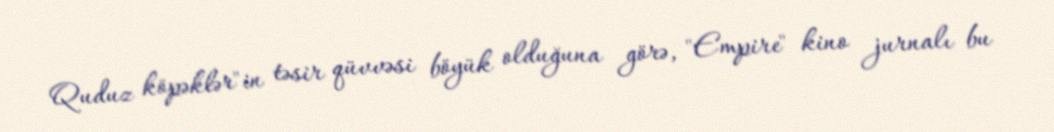
Quduz köpəklər"in təsir qüvvəsi böyük olduğuna görə, "Empire" kino jurnalı bu